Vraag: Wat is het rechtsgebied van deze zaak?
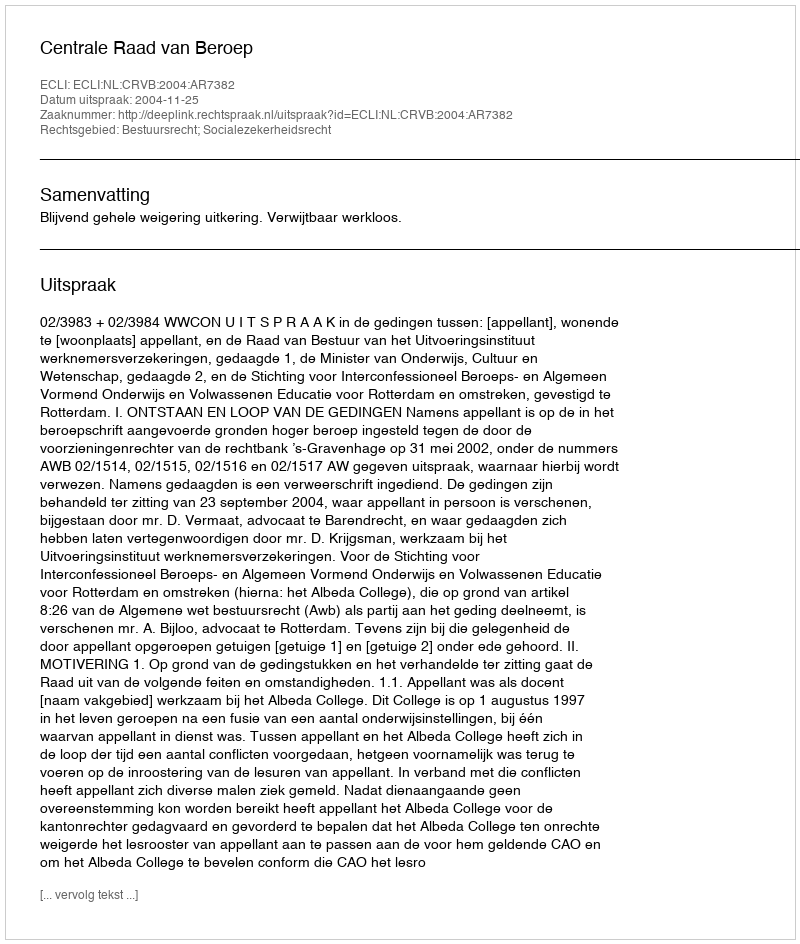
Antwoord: Bestuursrecht; Socialezekerheidsrecht